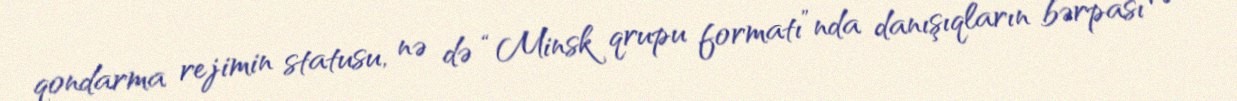
qondarma rejimin statusu, nə də “Minsk qrupu formatı”nda danışıqların bərpası və